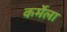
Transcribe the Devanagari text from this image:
कर्मेला